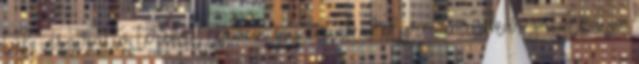
túl inspiratív tereket tervez egy munkahelyre, ami akár gátolhatja